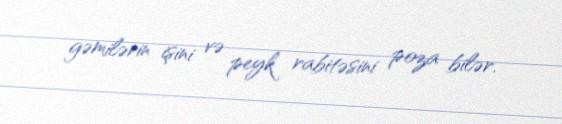
gəmilərin işini və peyk rabitəsini poza bilər.